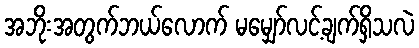
အဘိုးအတွက်ဘယ်လောက် မမျှော်လင့်ချက်ရှိသလဲ